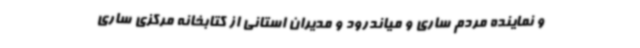
و نماینده مردم ساری و میاندرود و مدیران استانی از کتابخانه مرکزی ساری